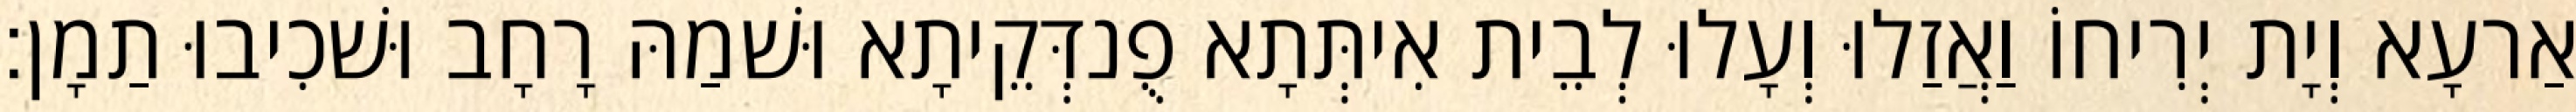
אַרעָא וְיָת יְרִיחוֹ וַאֲזַלוּ וְעָלוּ לְבֵית אִיתְּתָא פֻנדְּקֵיתָא וּשׁמַהּ רָחָב וּשׁכִיבוּ תַמָן׃